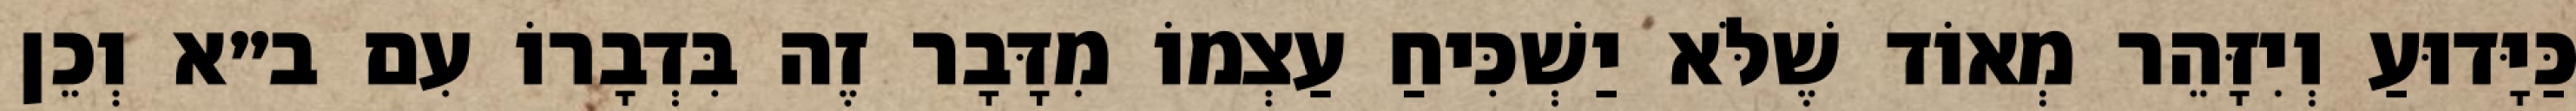
כַּיָּדוּעַ וְיִזָּהֵר מְאוֹד שֶׁלֹּא יַשְׁכִּיחַ עַצְמוֹ מִדָּבָר זֶה בִּדְבָרוֹ עִם ב״א וְכֵן